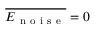
\overline { { E _ { \mathrm { ~ n ~ o ~ i ~ s ~ e ~ } } } } = 0